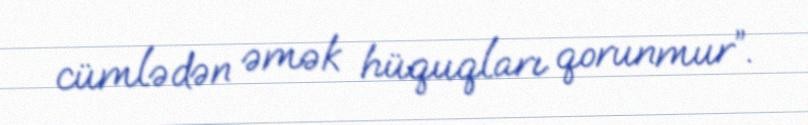
cümlədən əmək hüquqları qorunmur”.